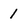
Character: 1